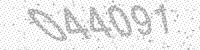
Solution: 044091